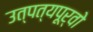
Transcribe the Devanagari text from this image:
उत्पत्यपूर्वो